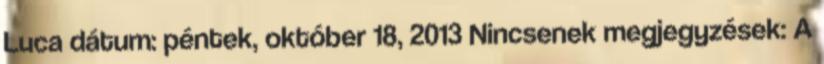
Luca dátum: péntek, október 18, 2013 Nincsenek megjegyzések: A